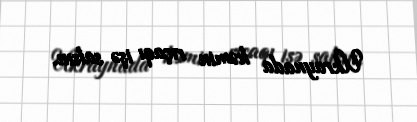
Ukraynada həmin rıçaqı işə salsın.